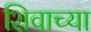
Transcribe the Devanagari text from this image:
शिवाच्या